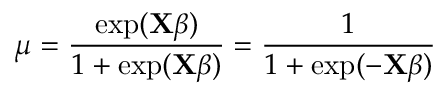
\mu = { \frac { \exp ( \mathbf { X } { \boldsymbol { \beta } } ) } { 1 + \exp ( \mathbf { X } { \boldsymbol { \beta } } ) } } = { \frac { 1 } { 1 + \exp ( - \mathbf { X } { \boldsymbol { \beta } } ) } } \,